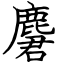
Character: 麏